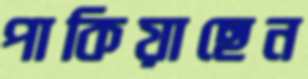
পাকিয়াছেন